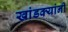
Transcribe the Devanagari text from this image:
खांडक्यांनी